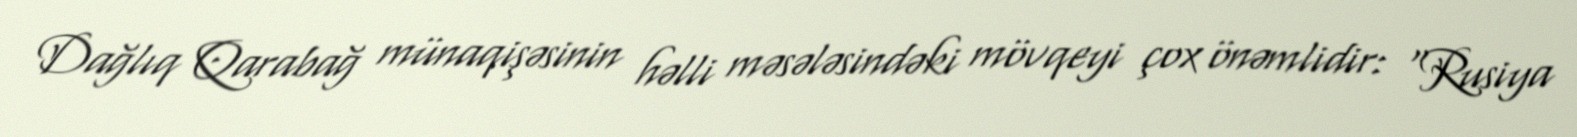
Dağlıq Qarabağ münaqişəsinin həlli məsələsindəki mövqeyi çox önəmlidir: “Rusiya